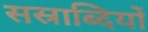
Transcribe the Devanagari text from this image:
सस्राब्दियों